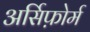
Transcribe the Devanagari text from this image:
अर्सिफ़ोर्म